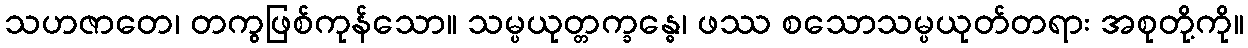
သဟဇာတေ၊ တကွဖြစ်ကုန်သော။ သမ္ပယုတ္တက္ခန္ဓေ၊ ဖဿ စသောသမ္ပယုတ်တရား အစုတို့ကို။